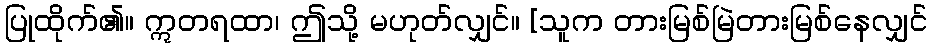
ပြုထိုက်၏။ ဣတရထာ၊ ဤသို့ မဟုတ်လျှင်။ [သူက တားမြစ်မြဲတားမြစ်နေလျှင်